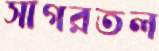
সাগরতল